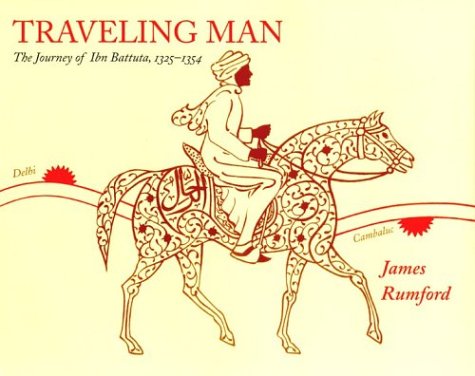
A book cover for Traveling Man: The Journey of Ibn Battuta 1325-1354; James Rumford; Children's Books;